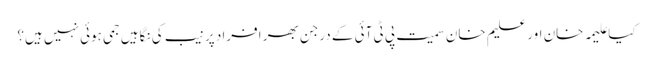
کیا علیمہ خان اور علیم خان سمیت پی ٹی آئی کے درجن بھر افراد پر نیب کی نگاہیں جمی ہوئی نہیں ہیں؟